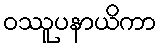
ဝဿူပနာယိကာ